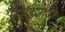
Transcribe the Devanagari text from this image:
सहस्रांशेन